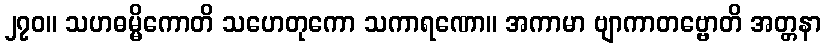
၂၇၀။ သဟဓမ္မိကောတိ သဟေတုကော သကာရဏော။ အကာမာ ဗျာကာတဗ္ဗောတိ အတ္တနာ